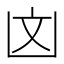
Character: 㓙